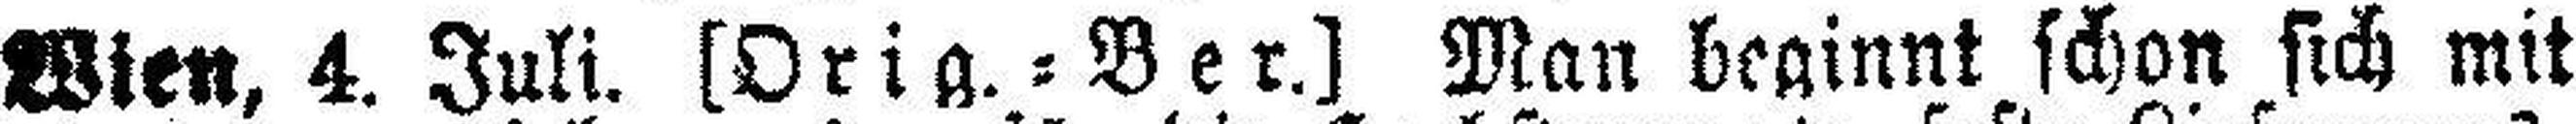
Wien, 4. Juli. [Orig. = Ber.] Man beginnt schon sich mit